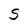
Character: S